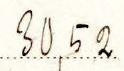
30,52